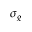
\sigma _ { g }